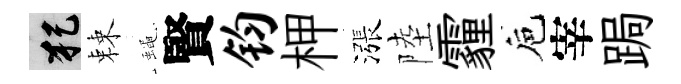
犯棘蠅賢钧柙漲陸霾巵宰跼